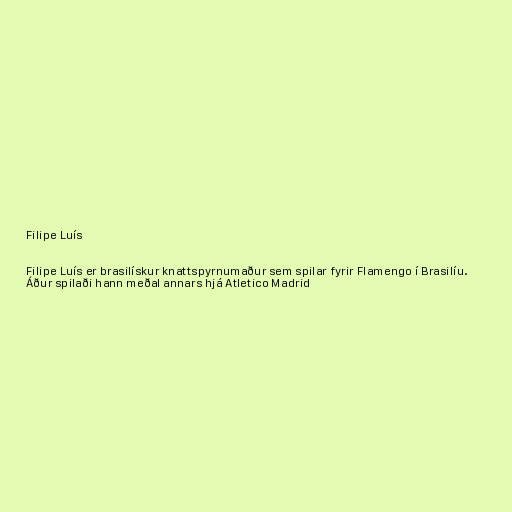
Filipe Luís

Filipe Luís er brasilískur knattspyrnumaður sem spilar fyrir Flamengo í Brasilíu.
Áður spilaði hann meðal annars hjá Atletico Madrid